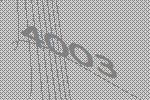
4003